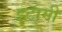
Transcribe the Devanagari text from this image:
इटामी